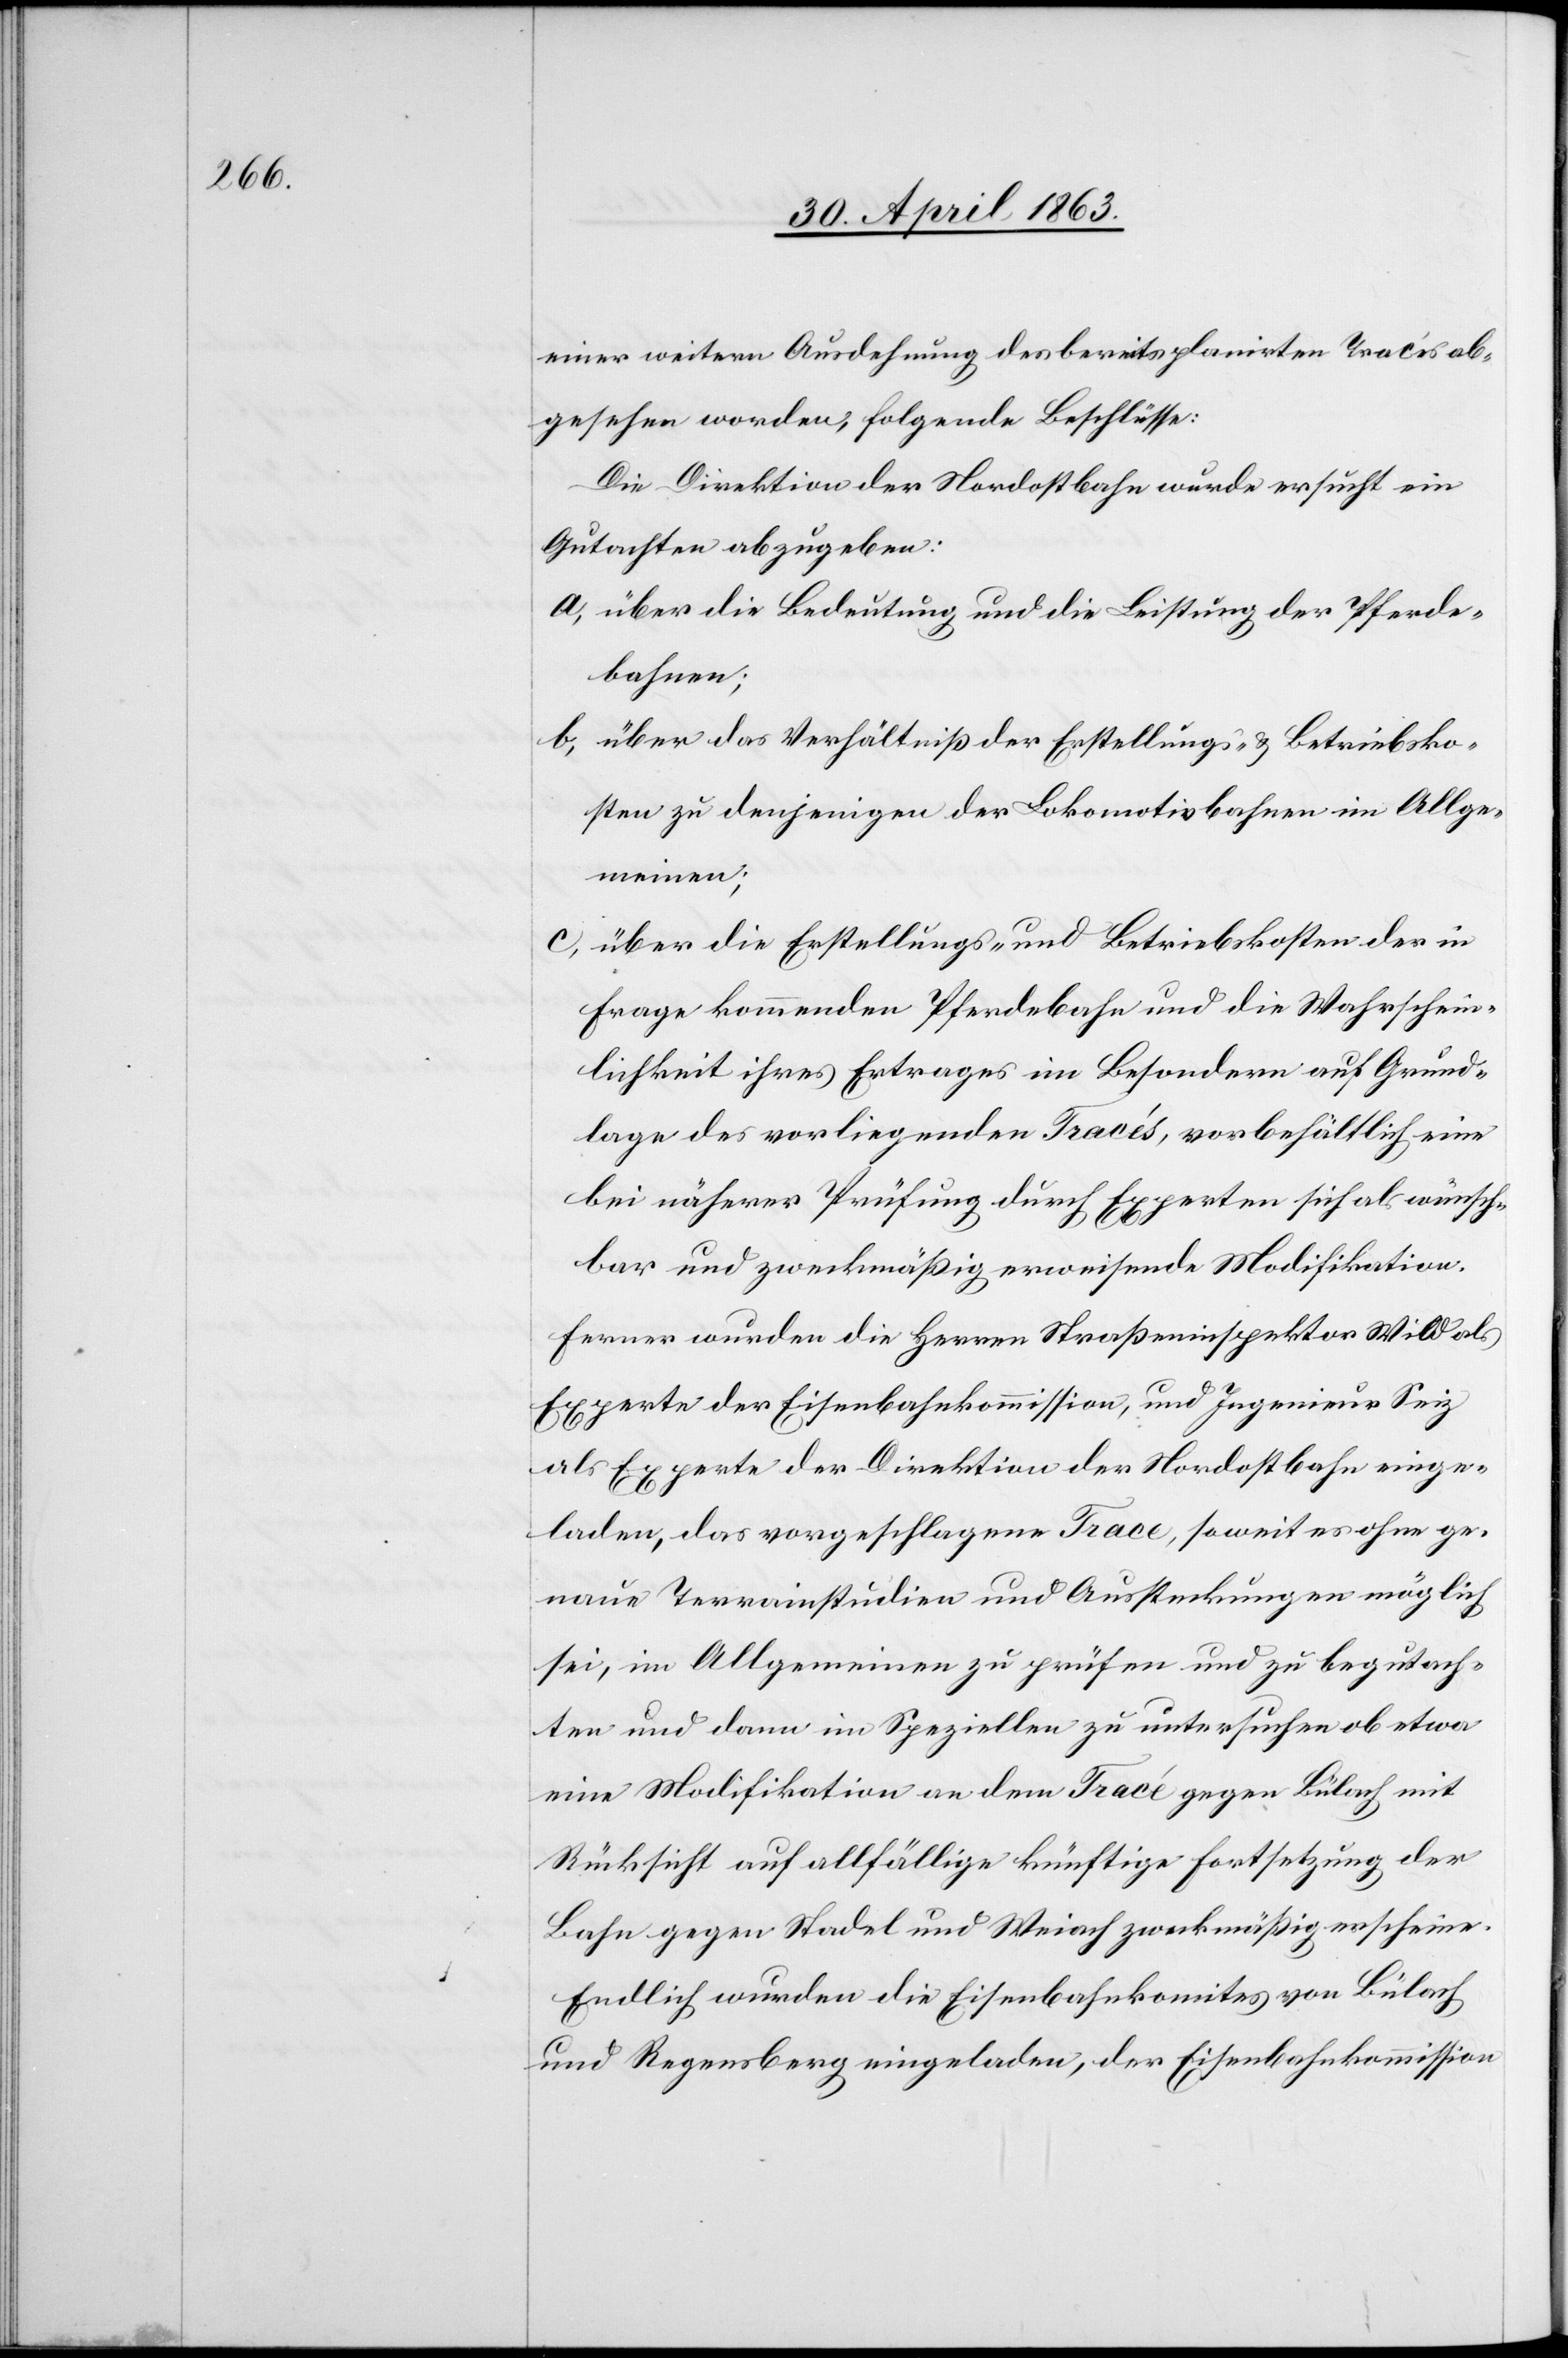
einer weitern Ausdehnung des bereits planirten Tracés ab¬
gesehen worden, folgende Beschlüsse:
Die Direktion der Nordostbahn wurde ersucht ein
Gutachten abzugeben:
a) über die Bedeutung und die Leistung der Pferde¬
bahnen;
b) über das Verhältniß der Erstellungs- & Betriebsko¬
sten zu denjenigen der Lokomotivbahnen im Allge¬
meinen;
c) über die Erstellungs- und Betriebskosten der in
Frage kommenden Pferdebahn und die Wahrschein¬
lichkeit ihres Ertrages im Besondern auf Grund¬
lage des vorliegenden Tracés, vorbehältlich eine
bei näherer Prüfung durch Experten sich als wünsch¬
bar und zweckmäßig erweisende Modifikation.
Ferner wurden die Herren Straßeninspektor Wild als
Experte der Eisenbahnkommission, und Ingenieur Seiz
als Experte der Direktion der Nordostbahn einge¬
laden, das vorgeschlagene Trace, soweit es ohne ge¬
naue Terrainstudien und Aussteckungen möglich
sei, im Allgemeinen zu prüfen und zu begutach¬
ten und dann im Speziellen zu untersuchen ob etwa
eine Modifikation an dem Tracé gegen Bülach mit
Rücksicht auf allfällige künftige Fortsetzung der
Bahn gegen Stadel und Weiach zweckmäßig erscheine.
Endlich wurden die Eisenbahnkomites von Bülach
und Regensberg eingeladen, der Eisenbahnkommission